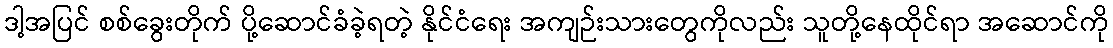
ဒါ့အပြင် စစ်ခွေးတိုက် ပို့ဆောင်ခံခဲ့ရတဲ့ နိုင်ငံရေး အကျဉ်းသားတွေကိုလည်း သူတို့နေထိုင်ရာ အဆောင်ကို